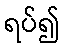
ရပ်၍